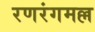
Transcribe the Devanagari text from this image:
रणरंगमल्ल